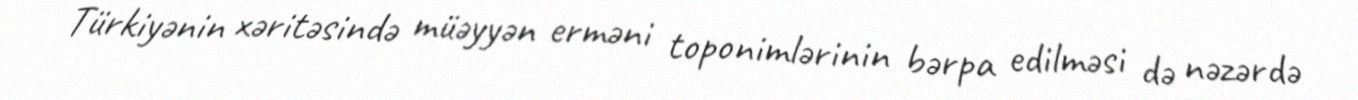
Türkiyənin xəritəsində müəyyən erməni toponimlərinin bərpa edilməsi də nəzərdə